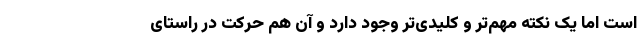
است اما یک نکته مهم‌تر و کلیدی‌تر وجود دارد و آن هم حرکت در راستای